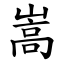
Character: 嵩